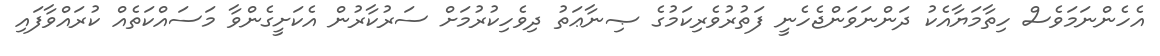
އެހެންނަމަވެސް ހިތާމަޔާއެކު ދަންނަވަންޖެހެނީ ފަތުރުވެރިކަމުގެ ޞިނާޢަތު ދިވެހިކުރުމަށް ސަރުކާރުން އެކަށީގެންވާ މަސައްކަތެއް ކުރައްވާފައި